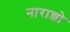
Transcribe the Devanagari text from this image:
नारान्जो